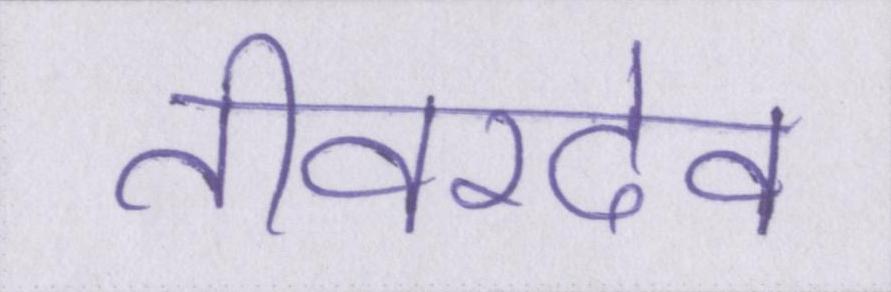
तीवरदेव